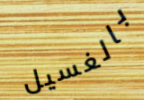
بالغسيل